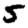
Digit: 5